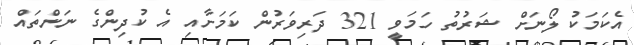
އެކަމަކު ލޯނަށް ޝަރުތު ހަމަވީ 321 ދަރިވަރުން ކަމަށާއި އެ ކުދިންގެ ނަންތައް